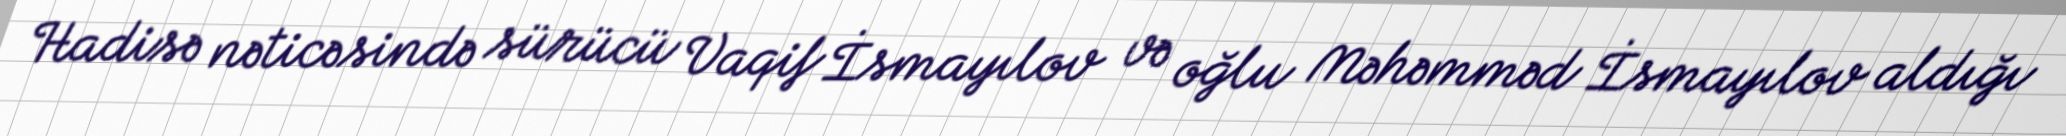
Hadisə nəticəsində sürücü Vaqif İsmayılov və oğlu Məhəmməd İsmayılov aldığı